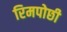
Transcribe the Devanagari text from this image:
रिमपोछी